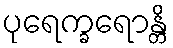
ပုရေက္ခရောန္တိ